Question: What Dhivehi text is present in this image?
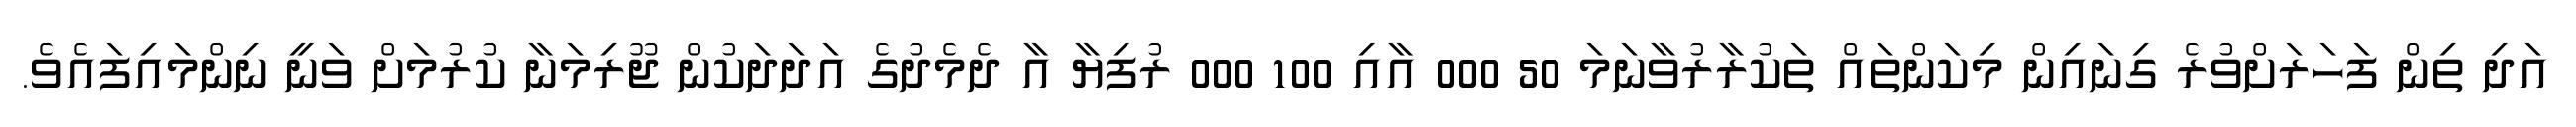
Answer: އަދި ތިން ފަހަރަށްވުރެ ގިނައިން މިކަންތައް ތަކުރާރުވާނަމަ 50 000 އާއި 100 000 ރުފިޔާ އާ ދެމެދުގެ އަދަދަކުން ޖޫރިމަނާ ކުރުމަށް ވަނީ ނިންމައިފައެވެ.